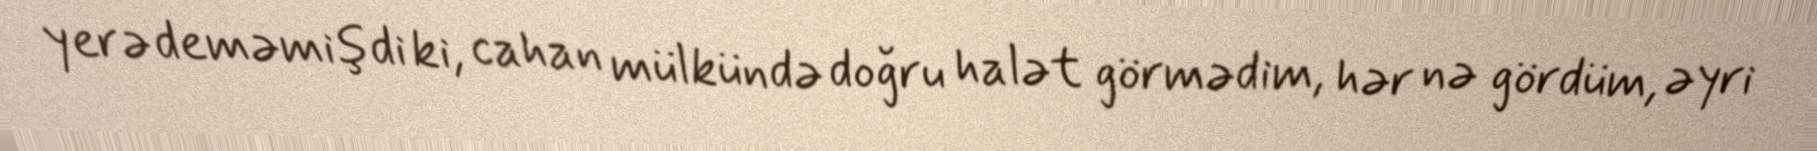
yerə deməmişdi ki, cahan mülkündə doğru halət görmədim, hər nə gördüm, əyri